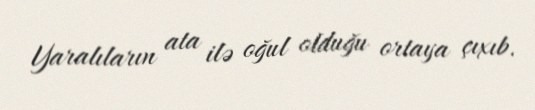
Yaralıların ata ilə oğul olduğu ortaya çıxıb.